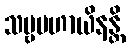
သဗ္ဗပဟာယိနန္တိ